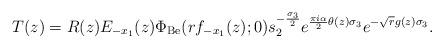
LaTeX: \begin{align*}T(z) =R(z)E_{-x_{1}}(z)\Phi_{\mathrm{Be}}(rf_{-x_{1}}(z);0)s_{2}^{-\frac{\sigma_{3}}{2}}e^{\frac{\pi i \alpha}{2}\theta(z) \sigma_{3}}e^{-\sqrt{r}g(z)\sigma_{3}}.\end{align*}